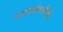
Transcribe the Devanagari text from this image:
स्वातंत्र्यसेनानींनीही